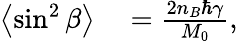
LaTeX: \begin{array}{rl}{\left\langle{\sin^{2}\beta}\right\rangle}&{{}=\frac{2n_{B}\hbar\gamma}{M_{0}},}\end{array}